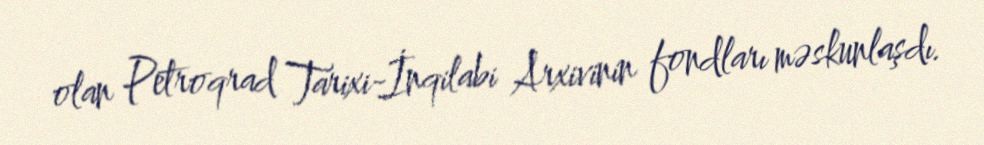
olan Petroqrad Tarixi-İnqilabi Arxivinin fondları məskunlaşdı.